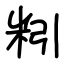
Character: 粌